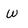
Character: w